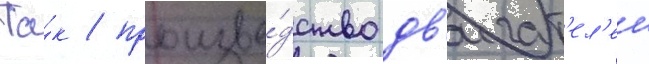
Та́к / произво́дство дв'игат'ел'еи